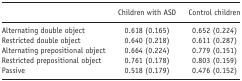
|  | Children with ASD | Control children |
 | --- | --- | --- |
 | Alternating double object | 0.618 (0.165) | 0.652 (0.224) |
 | Restricted double object | 0.640 (0.218) | 0.611 (0.287) |
 | Alternating prepositional object | 0.664 (0.224) | 0.779 (0.151) |
 | Restricted prepositional object | 0.761 (0.178) | 0.803 (0.159) |
 | Passive | 0.518 (0.179) | 0.476 (0.152) |